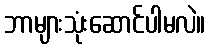
ဘာများသုံးဆောင်ပါမလဲ။